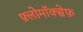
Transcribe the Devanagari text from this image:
फ़्लोमॉक्सेफ़